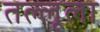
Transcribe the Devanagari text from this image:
तल्लूला